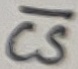
Text: CS